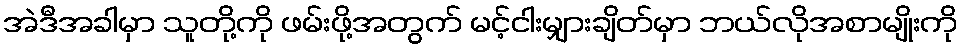
အဲဒီအခါမှာ သူတို့ကို ဖမ်းဖို့အတွက် မင့်ငါးမျှားချိတ်မှာ ဘယ်လိုအစာမျိုးကို